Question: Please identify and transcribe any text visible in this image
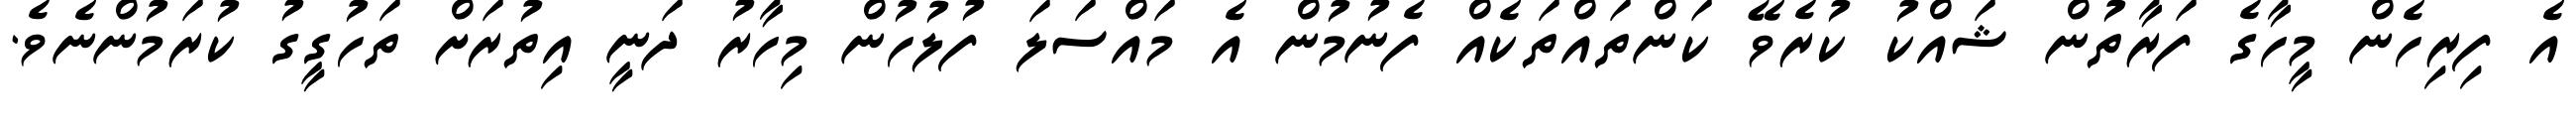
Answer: އެ ފިރިހެން މީހާގެ ފަރާތުން ޝައްކު ކުރެވޭ ކަންތައްތަކެއް ފެނުމުން އެ މައްސަލަ ފުލުހުން މިހާރު ދަނީ އިތުރަށް ތަހުގީގު ކުރަމުންނެވެ.